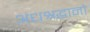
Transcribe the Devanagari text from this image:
अंधश्रद्धानो